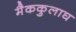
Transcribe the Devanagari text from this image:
मैककुलाघ